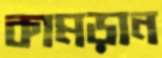
কামড়ান